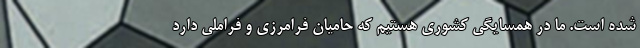
شده است. ما در همسایگی کشوری هستیم که حامیان فرامرزی و فراملی دارد